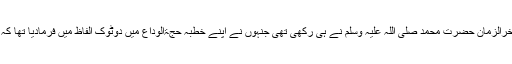
یہ مسلمہ حقیقت ہے کہ حقیقی فلاحی انسانی معاشرے کی بنیاد حضرت نبی آخرالزمان حضرت محمد صلی اللہ علیہ وسلم نے ہی رکھی تھی جنہوں نے اپنے خطبہ حجۃالوداع میں دوٹوک الفاظ میں فرمادیا تھا کہ کسی عربی کو عجمی اور کسی عجمی کو عربی پر کوئی فوقیت حاصل نہیں۔